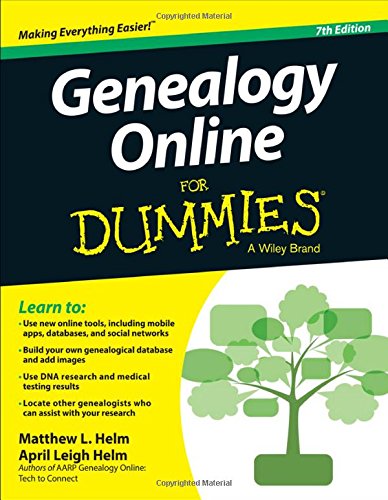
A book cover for Genealogy Online For Dummies; April Leigh Helm; Reference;